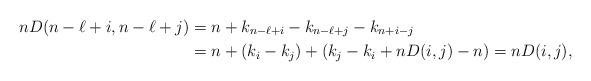
LaTeX: \begin{align*}n D(n-\ell+i, n-\ell+j)&= n+k_{n-\ell+i}-k_{n-\ell+j}-k_{n+i-j}\\ &=n + (k_i-k_j)+(k_j-k_i+nD(i,j)-n)=n D(i,j),\end{align*}